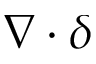
\nabla \cdot \delta